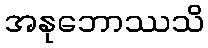
အနုဘောဿသိ